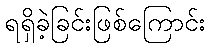
ရရှိခဲ့ခြင်းဖြစ်ကြောင်း